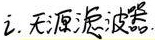
2. 无源滤波器